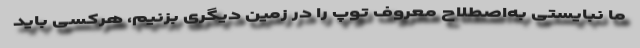
ما نبایستی به‌اصطلاح معروف توپ را در زمین دیگری بزنیم، هرکسی باید